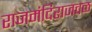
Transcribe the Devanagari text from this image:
राजमंदिराजवळ